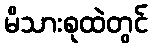
မိသားစုထဲတွင်